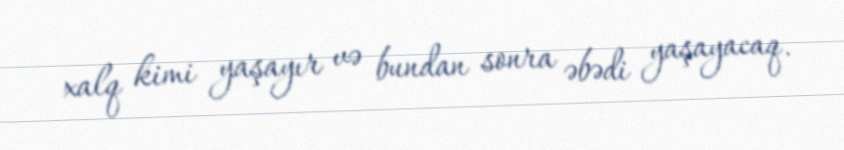
xalq kimi yaşayır və bundan sonra əbədi yaşayacaq.